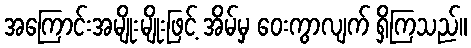
အကြောင်းအမျိုးမျိုးဖြင့် အိမ်မှ ဝေးကွာလျက် ရှိကြသည်။